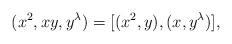
LaTeX: \begin{align*}(x^{2}, xy, y^{\lambda}) = [(x^{2}, y), (x, y^{\lambda})], \end{align*}